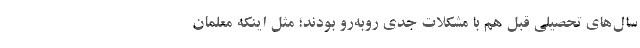
سال‌های تحصیلی قبل هم با مشکلات جدی روبه‌رو بودند؛ مثل اینکه معلمان